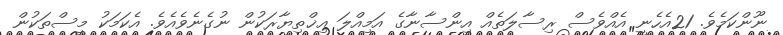
ނޫންކަމެވެ. 21އެހެނީ އެއްވެސް ރިސާލަތެއް އިންސާނާގެ އަމިއްލަ އިޚްތިޔާރަކުން ނުގެނެވެއެވެ. އެކަމަކު މީސްތަކުން